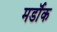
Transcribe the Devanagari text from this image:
मर्डॉक